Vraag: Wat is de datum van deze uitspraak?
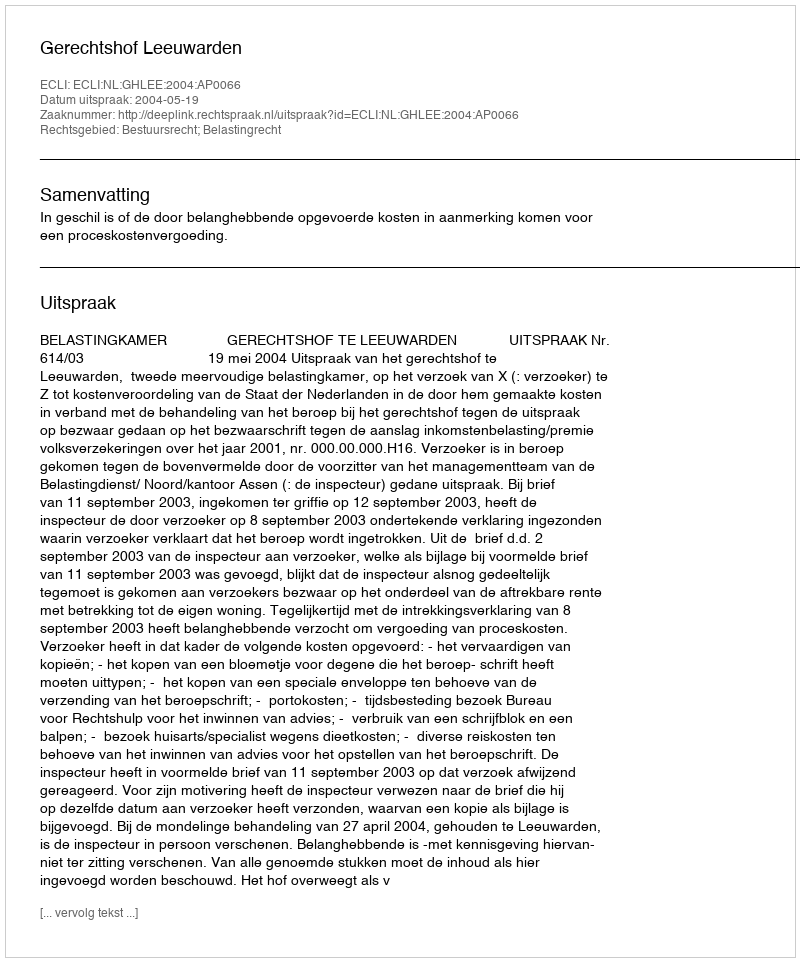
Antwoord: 2004-05-19